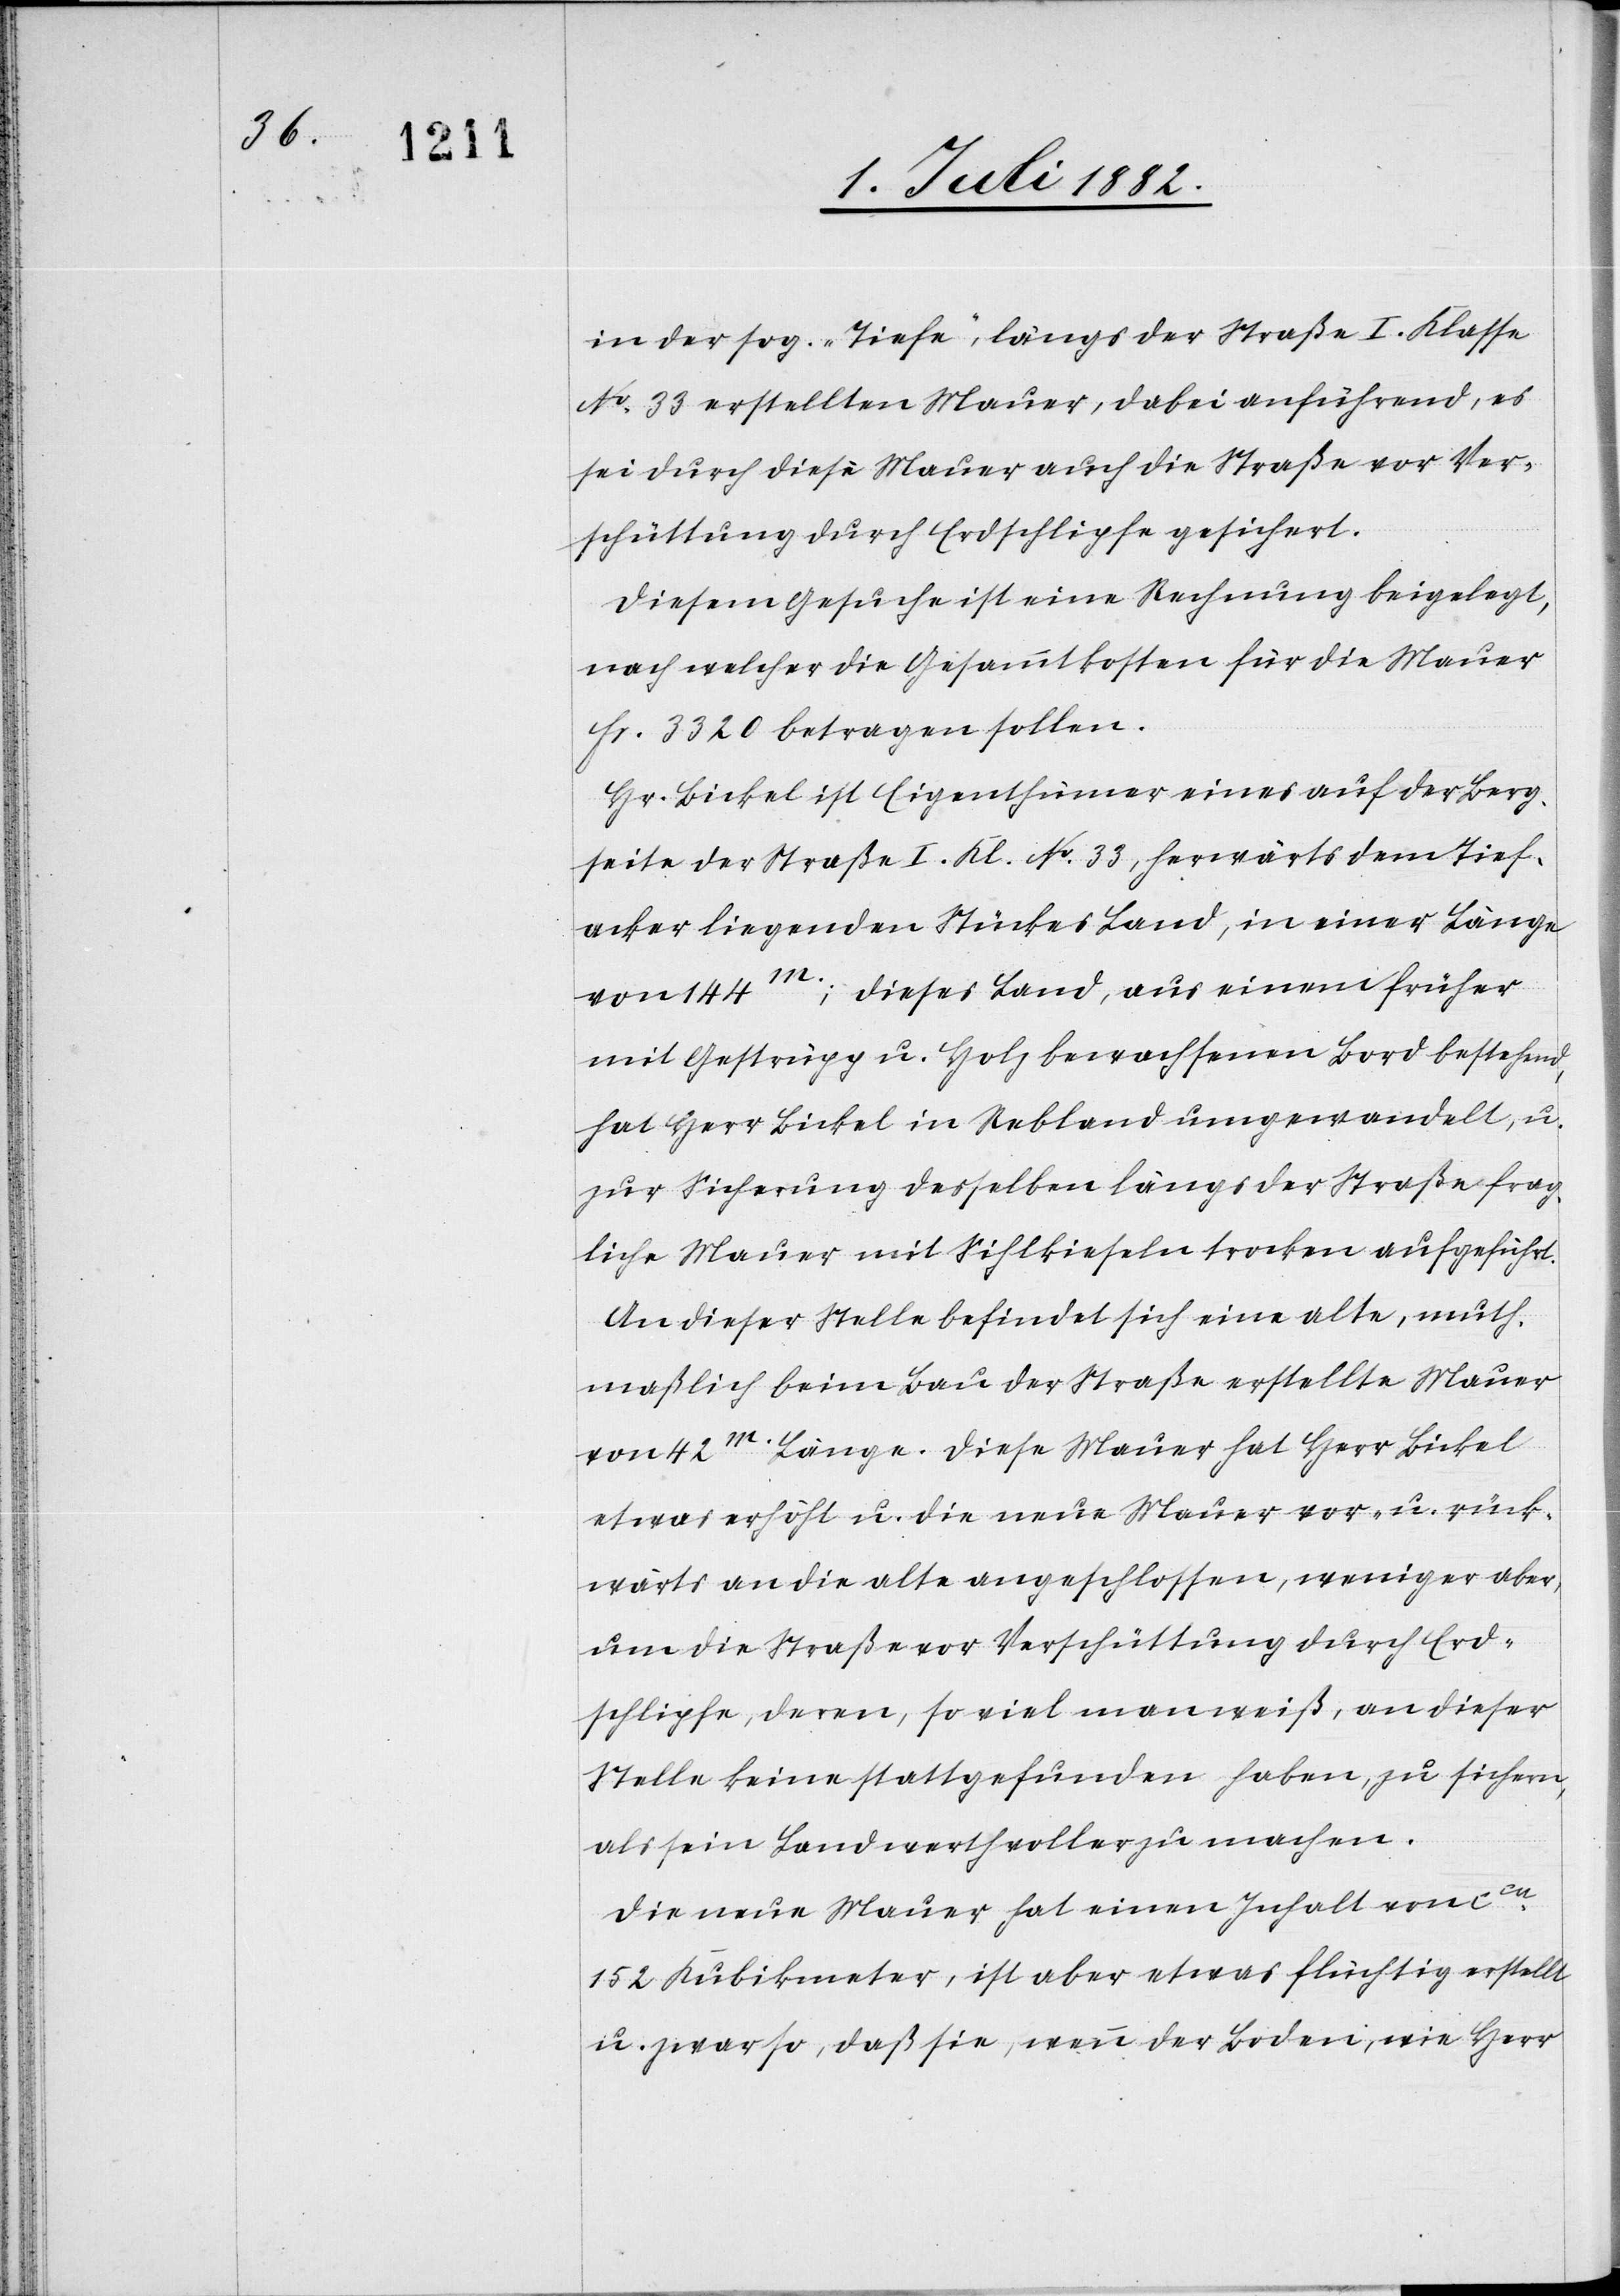
in der sog. „Tiefe“, längs der Straße I. Klasse
No 33 erstellten Mauer, dabei anführend, es
sei durch diese Mauer auch die Straße vor Ver¬
schüttung durch Erdschlipfe gesichert.
Diesem Gesuche ist eine Rechnung beigelegt,
nach welcher die Gesammtkosten für die Mauer
Fr. 3320 betragen sollen.
Hr. Bickel ist Eigenthümer eines auf der Berg¬
seite der Straße I. Kl. No 33, herwärts dem Tief¬
acker liegenden Stückes Land, in einer Länge
von 144m.; dieses Land, aus einem früher
mit Gestrüpp u. Holz bewachsenen Bord bestehend
hat Herr Bickel in Rebland umgewandelt, u.
zur Sicherung desselben längs der Straße frag¬
liche Mauer mit Sihlkieseln trocken aufgeführt.
An dieser Stelle befindet sich eine alte, muth¬
maßlich beim Bau der Straße erstellte Mauer
von 42m. Länge. Diese Mauer vor- u. rück¬
wärts an die alte angeschlossen, weniger aber,
um die Straße vor Verschüttung durch Erd¬
schlipfe, deren, so viel man weiß, an dieser
Stelle keine stattgefunden haben, zu sichern,
als sein Land werthvoller zu machen.
Die neue Mauer hat einen Inhalt von ca
152 Kubikmeter, ist aber etwas flüchtig erstellt
u. zwar so, daß sie, wenn der Boden, wie Herr